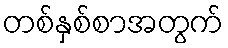
တစ်နှစ်စာအတွက်